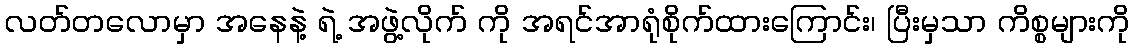
လတ်တလောမှာ အနေနဲ့ ရဲ့ အဖွဲ့လိုက် ကို အရင်အာရုံစိုက်ထားကြောင်း၊ ပြီးမှသာ ကိစ္စများကို